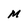
Character: M